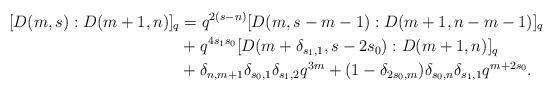
LaTeX: \begin{align*}[D(m,s):D(m+1,n)]_q&=q^{2(s-n)}[D(m,s-m-1):D(m+1,n-m-1)]_q&\\&+q^{4s_1s_0}[D(m+\delta_{s_1,1},s-2s_0):D(m+1,n)]_q&\\&+\delta_{n,m+1}\delta_{s_0,1}\delta_{s_1,2}q^{3m}+(1-\delta_{2s_0,m})\delta_{s_0,n}\delta_{s_1,1}q^{m+2s_0}.\end{align*}